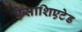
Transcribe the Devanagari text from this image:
ऐसाशिएटेड